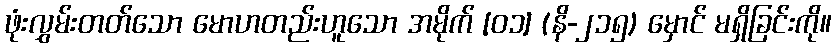
ဖုံးလွှမ်းတတ်သော မောဟတည်းဟူသော အမိုက် [၀၁] (နိ-၂၁၅) မှောင် မရှိခြင်းကို။